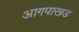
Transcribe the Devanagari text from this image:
आगपाखड